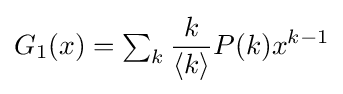
G_{1}(x)=\textstyle \sum _{k}\displaystyle {\frac {k}{\langle k\rangle }}P(k)x^{k-1}